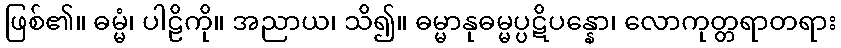
ဖြစ်၏။ ဓမ္မံ၊ ပါဠိကို။ အညာယ၊ သိ၍။ ဓမ္မာနုဓမ္မပ္ပဋိပန္နော၊ လောကုတ္တရာတရား